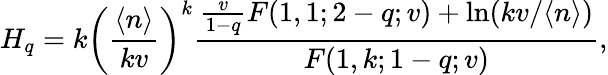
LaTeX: H_{q}=k\left(\frac{\langle n\rangle}{kv}\right)^{k}\frac{\frac{v}{1-q}F(1,1;2-q;v)+\ln(kv/\langle n\rangle)}{F(1,k;1-q;v)},